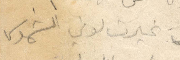
غيرت لوني الشموس